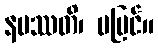
နပဿတိ၊ မမြင်။